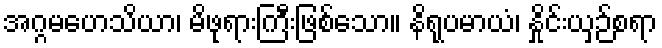
အဂ္ဂမဟေသိယာ၊ မိဖုရားကြီးဖြစ်သော။ နိရုပမာယံ၊ နှိုင်းယှဉ်စရာ